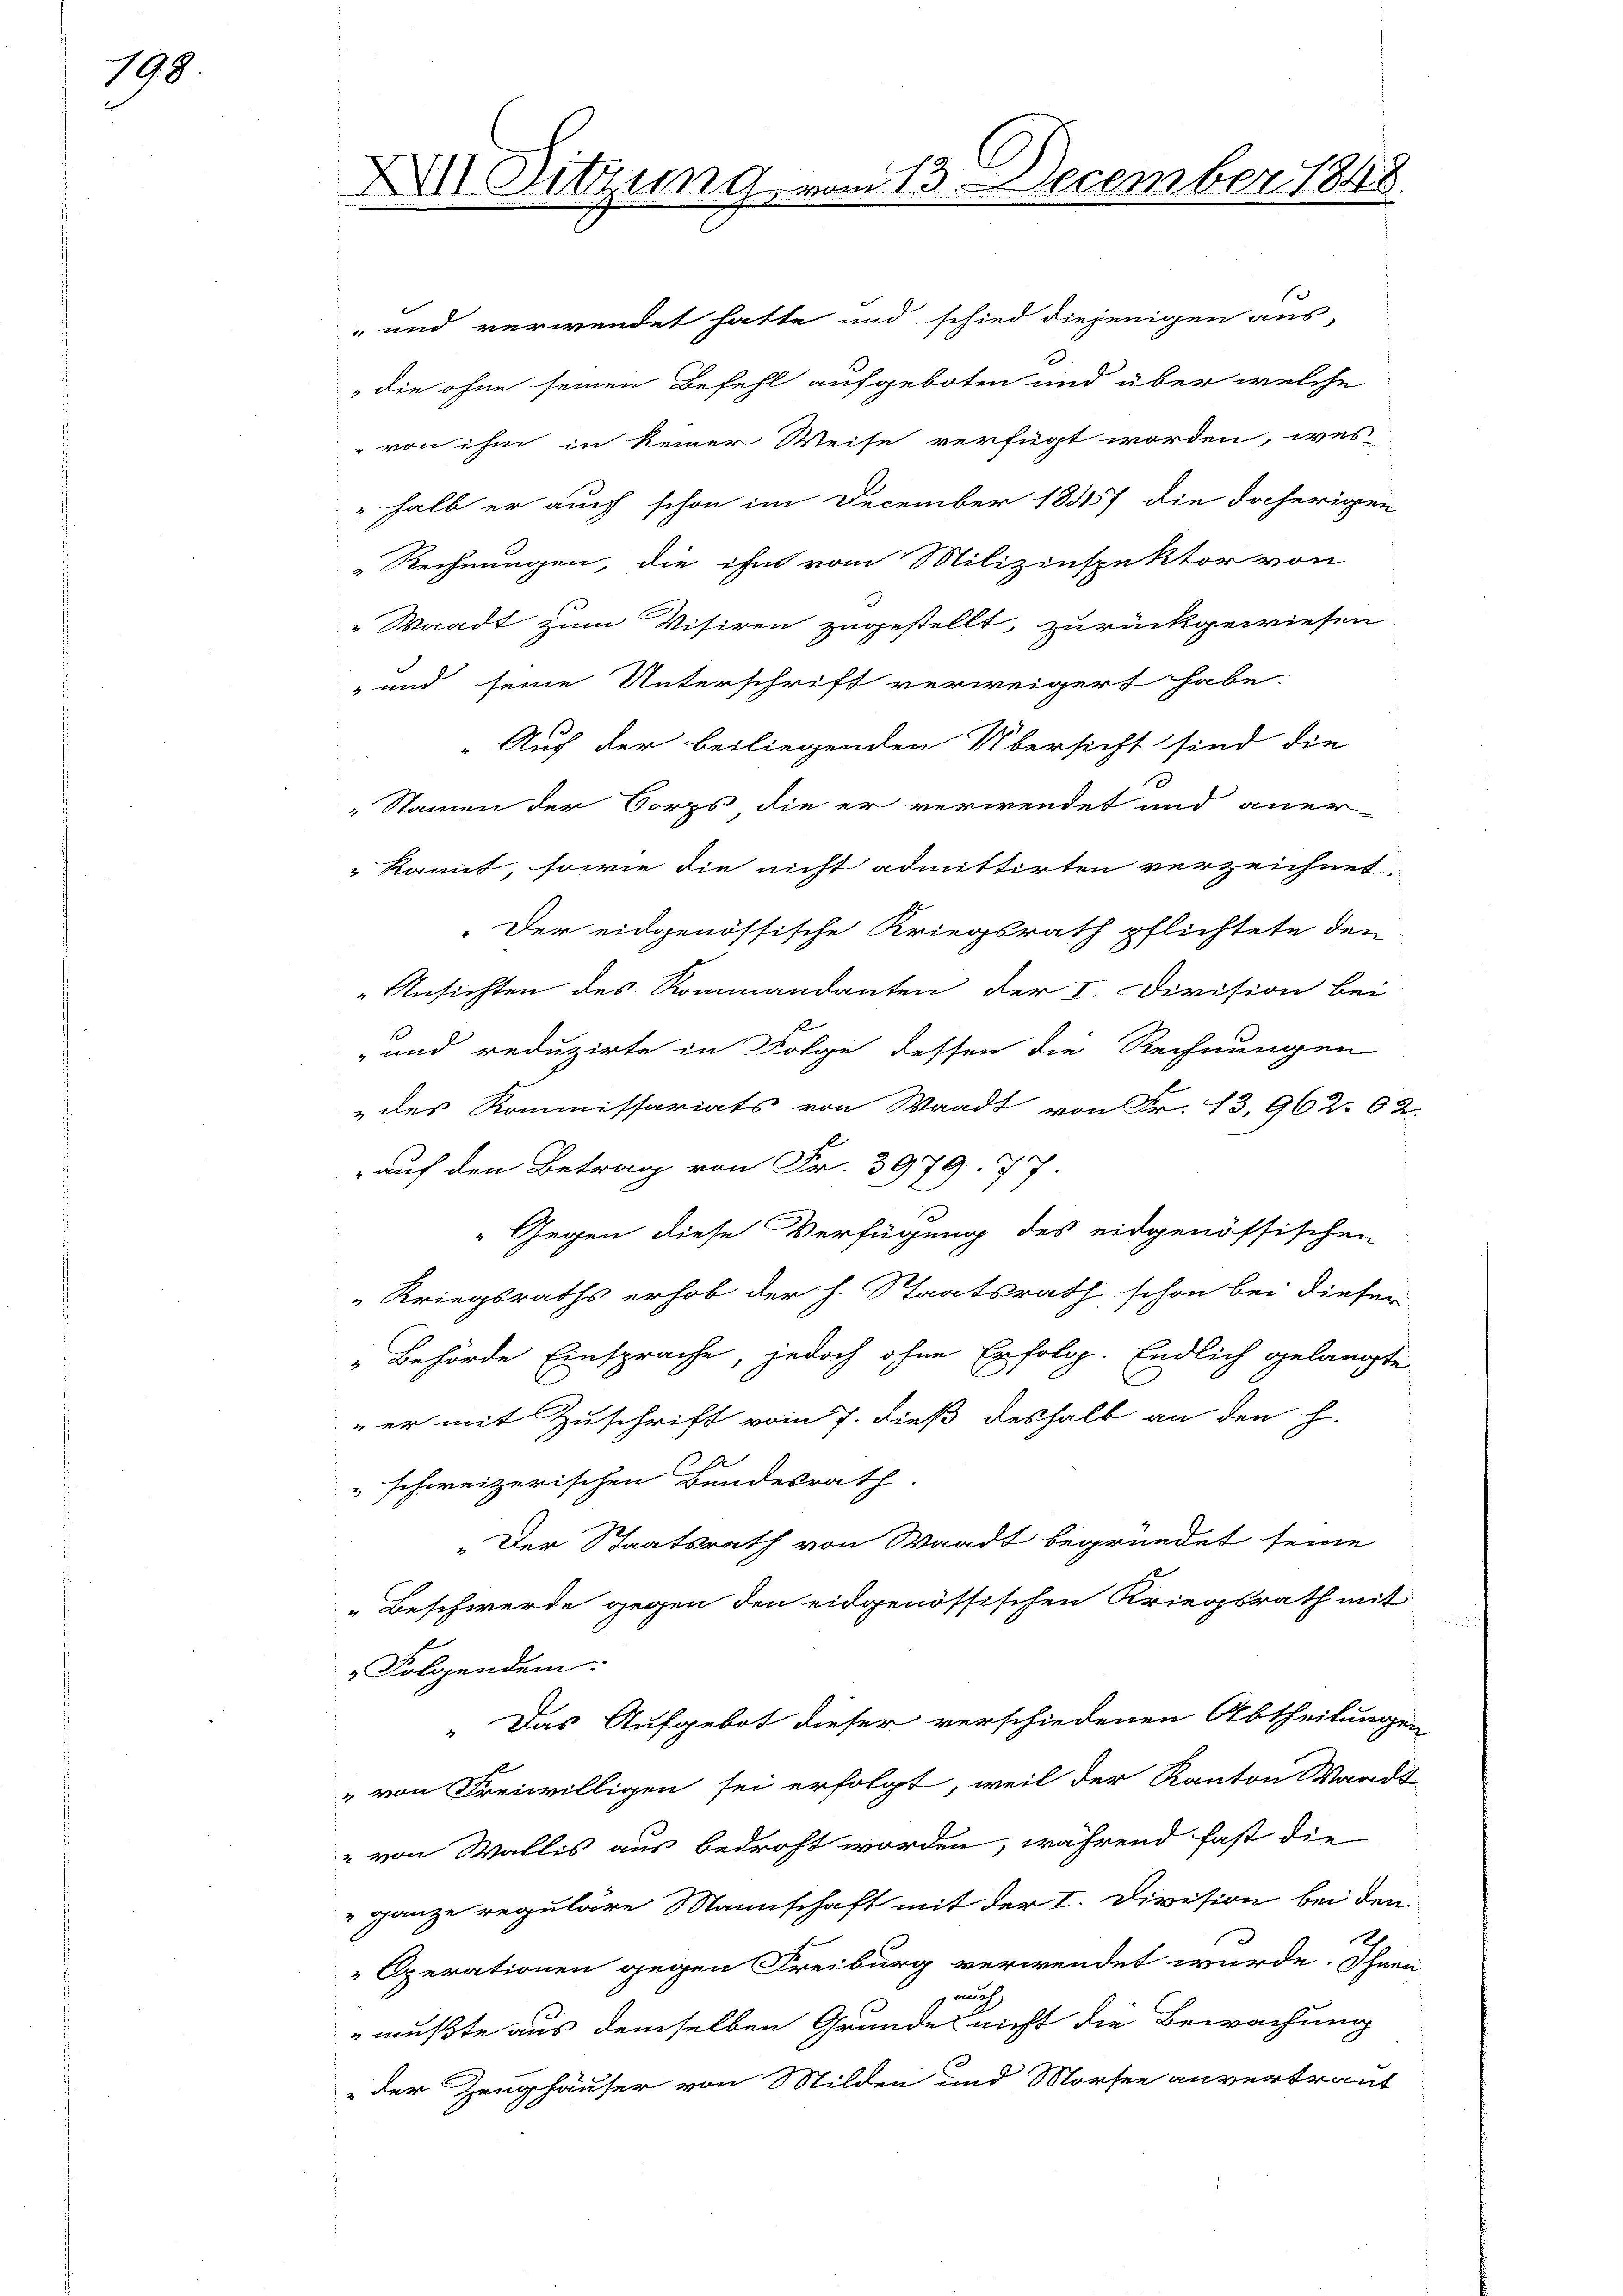
198

XII Sitzung vom 13. December 1848.

" Auch der beiliegenden Übersicht sind die
e
Namen der Corps die er verwendet und aner-
kannt, sowie die nicht admittirten verzeichnet:
Der eidgenössische Kriegsrath pflichtete den
Ansichten des Kommandanten der I. Division bei
F
und reduzirte in Folge dessen die Rechnungen
„des Kommissariats von Waadt von Fr. 13,962. 62.
auf den Betrag von Fr. 3979. 77
"Gegen diese Verfügung des eidgenössischen
Kriegsraths erhob der h. Staatsrath schon bei diesen
"Behörde Einsprache, jedoch ohne Erfolg. Endlich gelangte
 er mit Zuschrift vom 7. dieß deshalb an den h.
" schweizerischen Bundesrath.
„Der Staatsrath von Waadt begründet seine
Beschwerde gegen den eidgenössischen Kriegsrath mit
" Folgendem:
„Das Aufgebot dieser verschiedenen Abtheilungen
„von Freiwilligen sei erfolgt, weil der Kanton Waadt
" von Wallis aus bedroht worden, während fast die
" ganze reguläre Mannschaft mit der I. Division bei den
Operationen gegen Freiburg verwendet wurde. Ihnen
 auch
.
mußte aus demselben Grunde nicht die Bewachung
der Zeughäuser von Milden und Morsee anvertraut

" und verwendet hatte und schied diejenigen aus-
d
"die ohne seinen Befehl aufgeboten und über welche
 von ihm in keiner Weise verfügt worden, wes-
halb er auch schon im December 1847 die daherigen
„Rechnungen, die ihm vom Milizinspektor von
Waadt zum Visiren zugestellt, zurückgewiesen
" und seine Unterschrift verweigert habe.